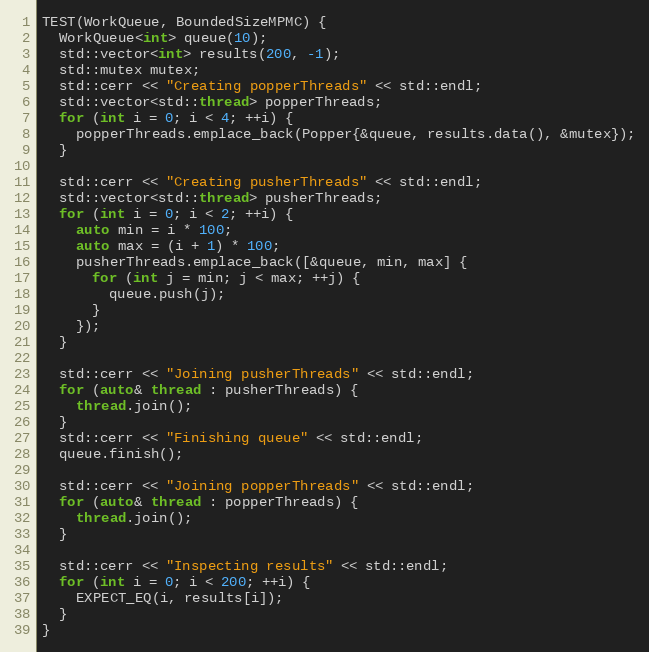
Language: C++
TEST(WorkQueue, BoundedSizeMPMC) {
  WorkQueue<int> queue(10);
  std::vector<int> results(200, -1);
  std::mutex mutex;
  std::cerr << "Creating popperThreads" << std::endl;
  std::vector<std::thread> popperThreads;
  for (int i = 0; i < 4; ++i) {
    popperThreads.emplace_back(Popper{&queue, results.data(), &mutex});
  }

  std::cerr << "Creating pusherThreads" << std::endl;
  std::vector<std::thread> pusherThreads;
  for (int i = 0; i < 2; ++i) {
    auto min = i * 100;
    auto max = (i + 1) * 100;
    pusherThreads.emplace_back([&queue, min, max] {
      for (int j = min; j < max; ++j) {
        queue.push(j);
      }
    });
  }

  std::cerr << "Joining pusherThreads" << std::endl;
  for (auto& thread : pusherThreads) {
    thread.join();
  }
  std::cerr << "Finishing queue" << std::endl;
  queue.finish();

  std::cerr << "Joining popperThreads" << std::endl;
  for (auto& thread : popperThreads) {
    thread.join();
  }

  std::cerr << "Inspecting results" << std::endl;
  for (int i = 0; i < 200; ++i) {
    EXPECT_EQ(i, results[i]);
  }
}